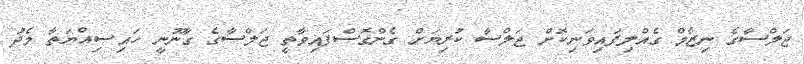
ޖަލްސާގެ ނިޒާމް ގެއްލިފައިވަނިކޮށް ޖަލްސާ ކުރިޔަށް ގެންގޮސްފައިވާތީ ޖަލްސާގެ ގާނޫނީ ހައިސިއްޔަތާ މެދު